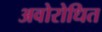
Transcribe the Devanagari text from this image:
अवोरोधित